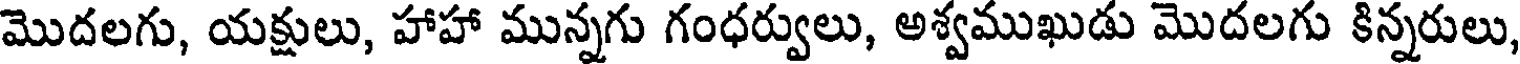
మొదలగు, యక్షులు, హాహా మున్నగు గంధర్వులు, అశ్వముఖుడు మొదలగు కిన్నరులు,